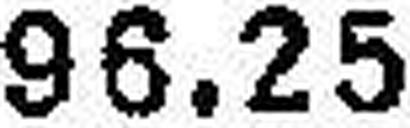
96.25